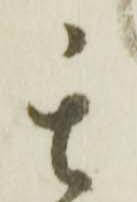
其